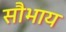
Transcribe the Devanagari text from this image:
सौभाय